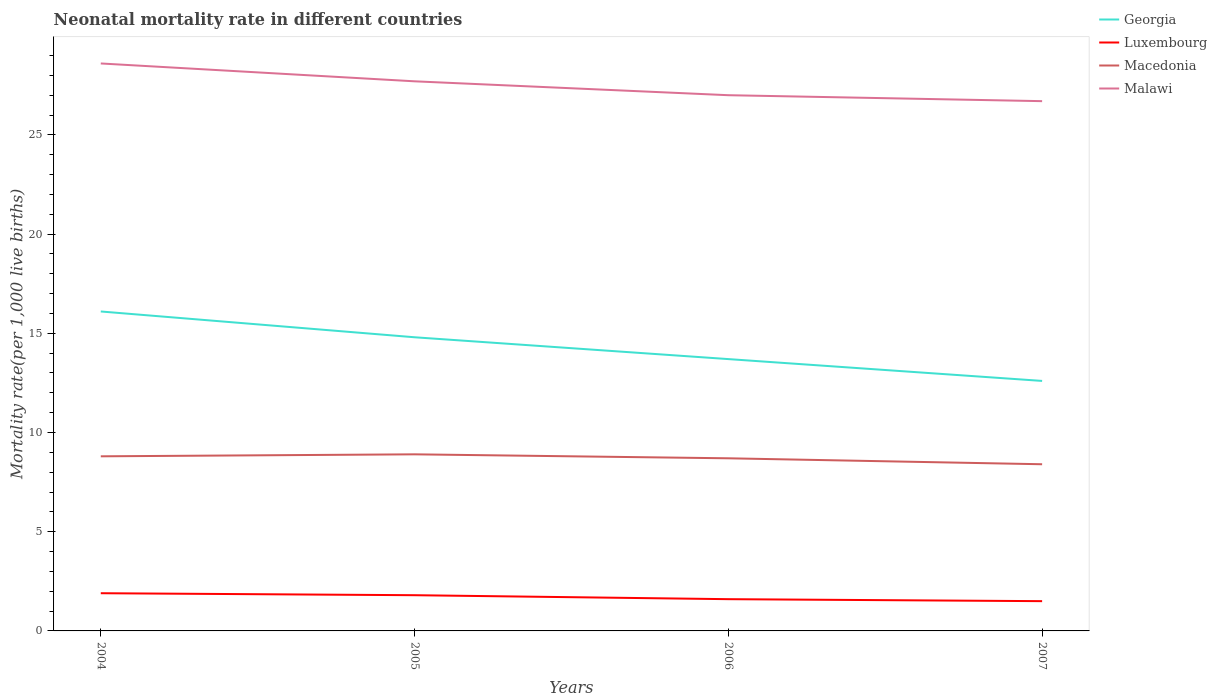
| Years | Georgia | Luxembourg | Macedonia | Malawi |
 | --- | --- | --- | --- | --- |
 | 2004 | 16.1 | 1.9 | 8.8 | 28.6 |
 | 2005 | 14.8 | 1.8 | 8.9 | 27.7 |
 | 2006 | 13.7 | 1.6 | 8.7 | 27 |
 | 2007 | 12.6 | 1.5 | 8.4 | 26.7 |